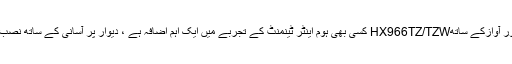
تھری ڈی بلو رے ٹی ایم پلے بیک اور 1100واٹ ویو وڈ کی طاقت ور آوازکے ساتھHX966TZ/TZW کسی بھی ہوم اینٹر ٹینمنٹ کے تجربے میں ایک اہم اضافہ ہے ، دیوار پر آسانی کے ساتھ نصب ہو سکنے والا ، بہترین الومینم ڈیزائن صاف اور بہترین لک دیتا ہے ۔